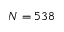
N = 5 3 8